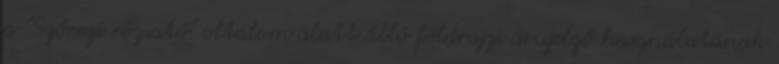
a "Szőregi rózsatő" oltalom alatt álló földrajzi árujelző használatának